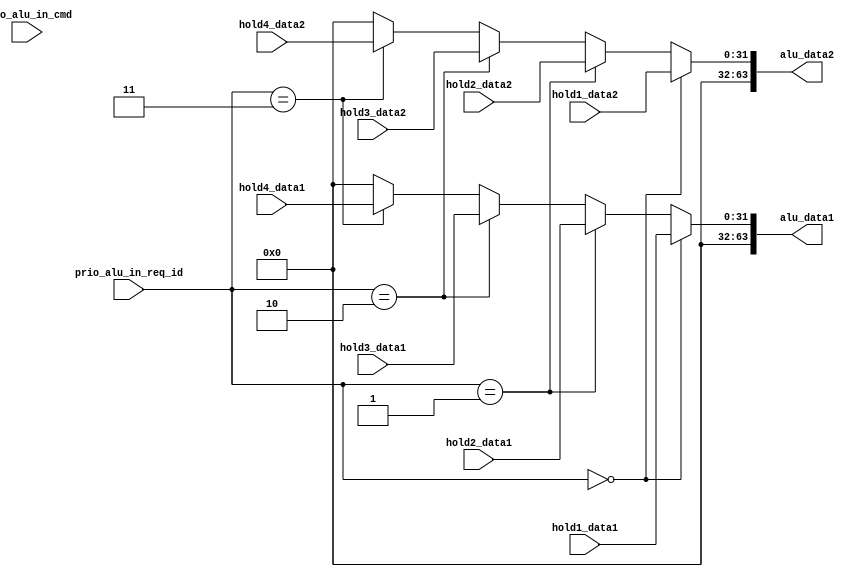
//  Library:  calc1
//  Module: ALU Input Stage

module alu_input_stage (alu_data1, alu_data2, hold1_data1, hold1_data2, hold2_data1, hold2_data2, hold3_data1, hold3_data2, hold4_data1, hold4_data2, prio_alu_in_cmd, prio_alu_in_req_id);

   output [0:63] alu_data1, alu_data2;

   wire [0:63] 	 alu_data1, alu_data2;
   
   input [0:31]  hold1_data1, hold1_data2, 
		 hold2_data1, hold2_data2, 
		 hold3_data1, hold3_data2, 
		 hold4_data1, hold4_data2;

   input [0:3] 	 prio_alu_in_cmd;
   input [0:1] 	 prio_alu_in_req_id;

   assign alu_data1[32:63] =
	  prio_alu_in_req_id[0:1] == 2'b00 ? hold1_data1[0:31] :
	  prio_alu_in_req_id[0:1] == 2'b01 ? hold2_data1[0:31] :
	  prio_alu_in_req_id[0:1] == 2'b10 ? hold3_data1[0:31] :
	  prio_alu_in_req_id[0:1] == 2'b11 ? hold4_data1[0:31] :
	  32'b0;
   
   assign alu_data2[32:63] =
	  prio_alu_in_req_id[0:1] == 2'b00 ? hold1_data2[0:31] :
	  prio_alu_in_req_id[0:1] == 2'b01 ? hold2_data2[0:31] :
	  prio_alu_in_req_id[0:1] == 2'b10 ? hold3_data2[0:31] :
	  prio_alu_in_req_id[0:1] == 2'b11 ? hold4_data2[0:31] :
	  32'b0;

   assign alu_data1[0:31] = 32'b0;
   assign alu_data2[0:31] = 32'b0;
   
endmodule // alu_input_stage